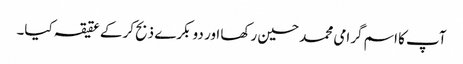
آپ کا اسم گرامی محمد حسین رکھا اور دو بکرے ذبح کرکے عقیقہ کیا۔